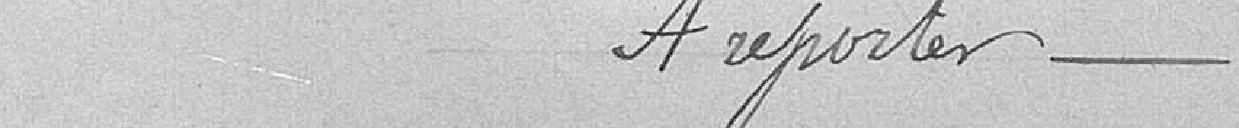
A reporter